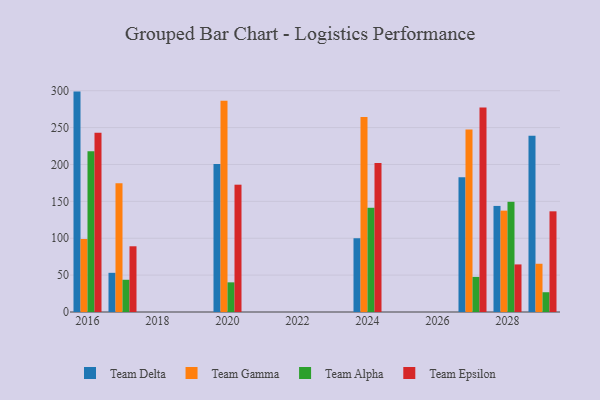
{"axis": {"x": "Year", "y": "Budget (USD K)"}, "legend": ["Team Alpha", "Team Delta", "Team Epsilon", "Team Gamma"], "data": [{"x": "2029", "y": 239.1, "type": "Team Delta"}, {"x": "2029", "y": 65.4, "type": "Team Gamma"}, {"x": "2029", "y": 26.8, "type": "Team Alpha"}, {"x": "2029", "y": 136.5, "type": "Team Epsilon"}, {"x": "2024", "y": 100.0, "type": "Team Delta"}, {"x": "2024", "y": 264.4, "type": "Team Gamma"}, {"x": "2024", "y": 141.3, "type": "Team Alpha"}, {"x": "2024", "y": 202.0, "type": "Team Epsilon"}, {"x": "2027", "y": 182.6, "type": "Team Delta"}, {"x": "2027", "y": 247.5, "type": "Team Gamma"}, {"x": "2027", "y": 47.6, "type": "Team Alpha"}, {"x": "2027", "y": 277.2, "type": "Team Epsilon"}, {"x": "2028", "y": 143.8, "type": "Team Delta"}, {"x": "2028", "y": 137.4, "type": "Team Gamma"}, {"x": "2028", "y": 149.4, "type": "Team Alpha"}, {"x": "2028", "y": 64.5, "type": "Team Epsilon"}, {"x": "2020", "y": 200.8, "type": "Team Delta"}, {"x": "2020", "y": 286.4, "type": "Team Gamma"}, {"x": "2020", "y": 40.2, "type": "Team Alpha"}, {"x": "2020", "y": 172.6, "type": "Team Epsilon"}, {"x": "2017", "y": 53.1, "type": "Team Delta"}, {"x": "2017", "y": 174.5, "type": "Team Gamma"}, {"x": "2017", "y": 43.7, "type": "Team Alpha"}, {"x": "2017", "y": 89.1, "type": "Team Epsilon"}, {"x": "2016", "y": 298.8, "type": "Team Delta"}, {"x": "2016", "y": 99.0, "type": "Team Gamma"}, {"x": "2016", "y": 218.1, "type": "Team Alpha"}, {"x": "2016", "y": 243.0, "type": "Team Epsilon"}]}